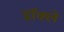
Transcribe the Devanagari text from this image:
डॉक्ले